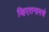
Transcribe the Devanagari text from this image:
व्हिएतनामचे